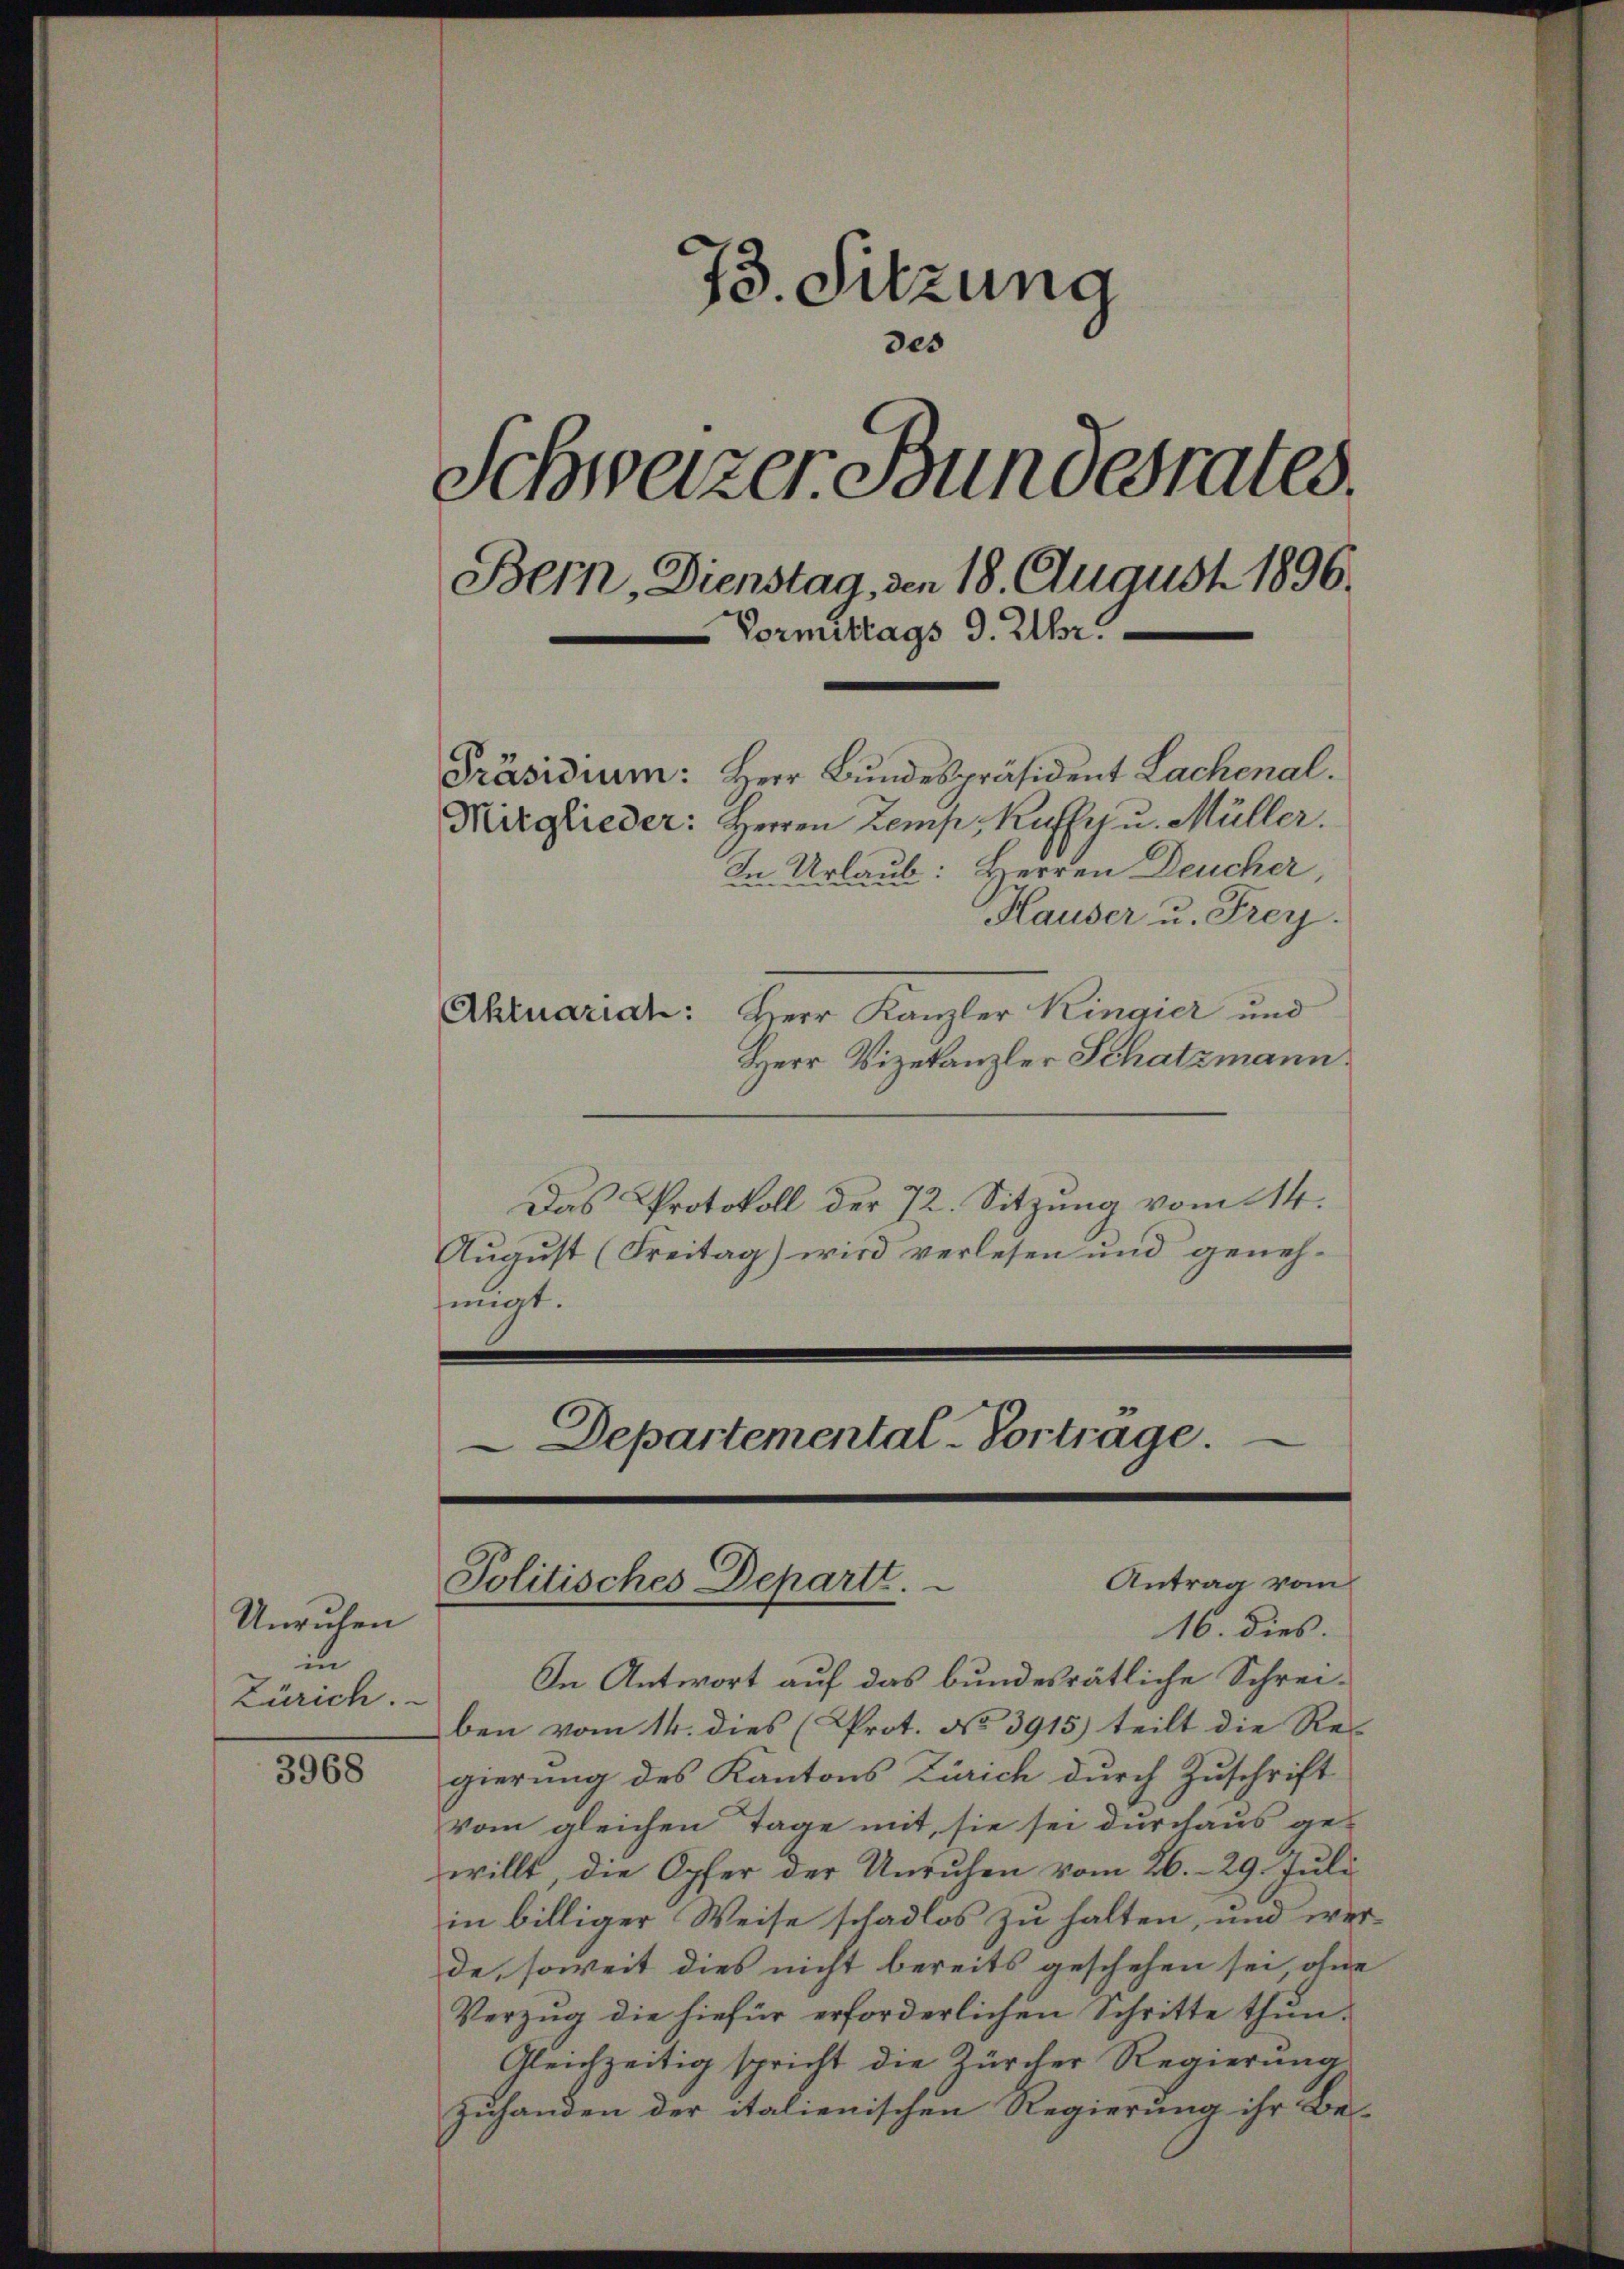
73. Sitzung
des
Schwazer Bundesrates.
Bern, Dienstag, den 18. August 1896.
Vormittags 9. Uhr.
Präsidium: Herr Bundespräsident Lachenal.
Kirglieder: Herren Zemp, Kuffen. Müller.
In Urlaub: Herren Deucher,
Hauser u. Frey.

3968

Aktuariat: Herr Kanzler Kingier und
Herr Vizekanzler Schatzmann.
Das Protokoll der 72. Sitzung vom 14.
August (Freitag) wird verlesen und geneh-
fängt.
Departemental-Vortrage.

Unruhen
in
Zürich.

In Antwort auf das bundesrätliche Schrei-
ben vom 14. dies (Prot. No 3915) teilt die Re-
gierung des Kantons Zürich durch Zuschrift
vom gleichen Tage mit, sie sei durchaus ge-
willt, die Opfer der Unruhen vom 26. 29. Juli
in billiger Weise schadlos zu halten, und werde, soweit dies nicht bereits geschehen sei, ohne
Verzug die hiefür erforderlichen Schritte thun.
Gleichzeitig spricht die Zürcher Regierung
Zuhanden der italienischen Regierung ihr Be-

Antrag vom
Politisches Departt.
16. dies.